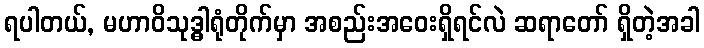
ရပါတယ်, မဟာဝိသုဒ္ဓါရုံတိုက်မှာ အစည်းအဝေးရှိရင်လဲ ဆရာတော် ရှိတဲ့အခါ